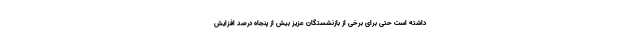
داشته است حتی برای برخی از بازنشستگان عزیز بیش از پنجاه درصد افزایش